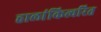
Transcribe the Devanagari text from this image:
हालांकित्वरित